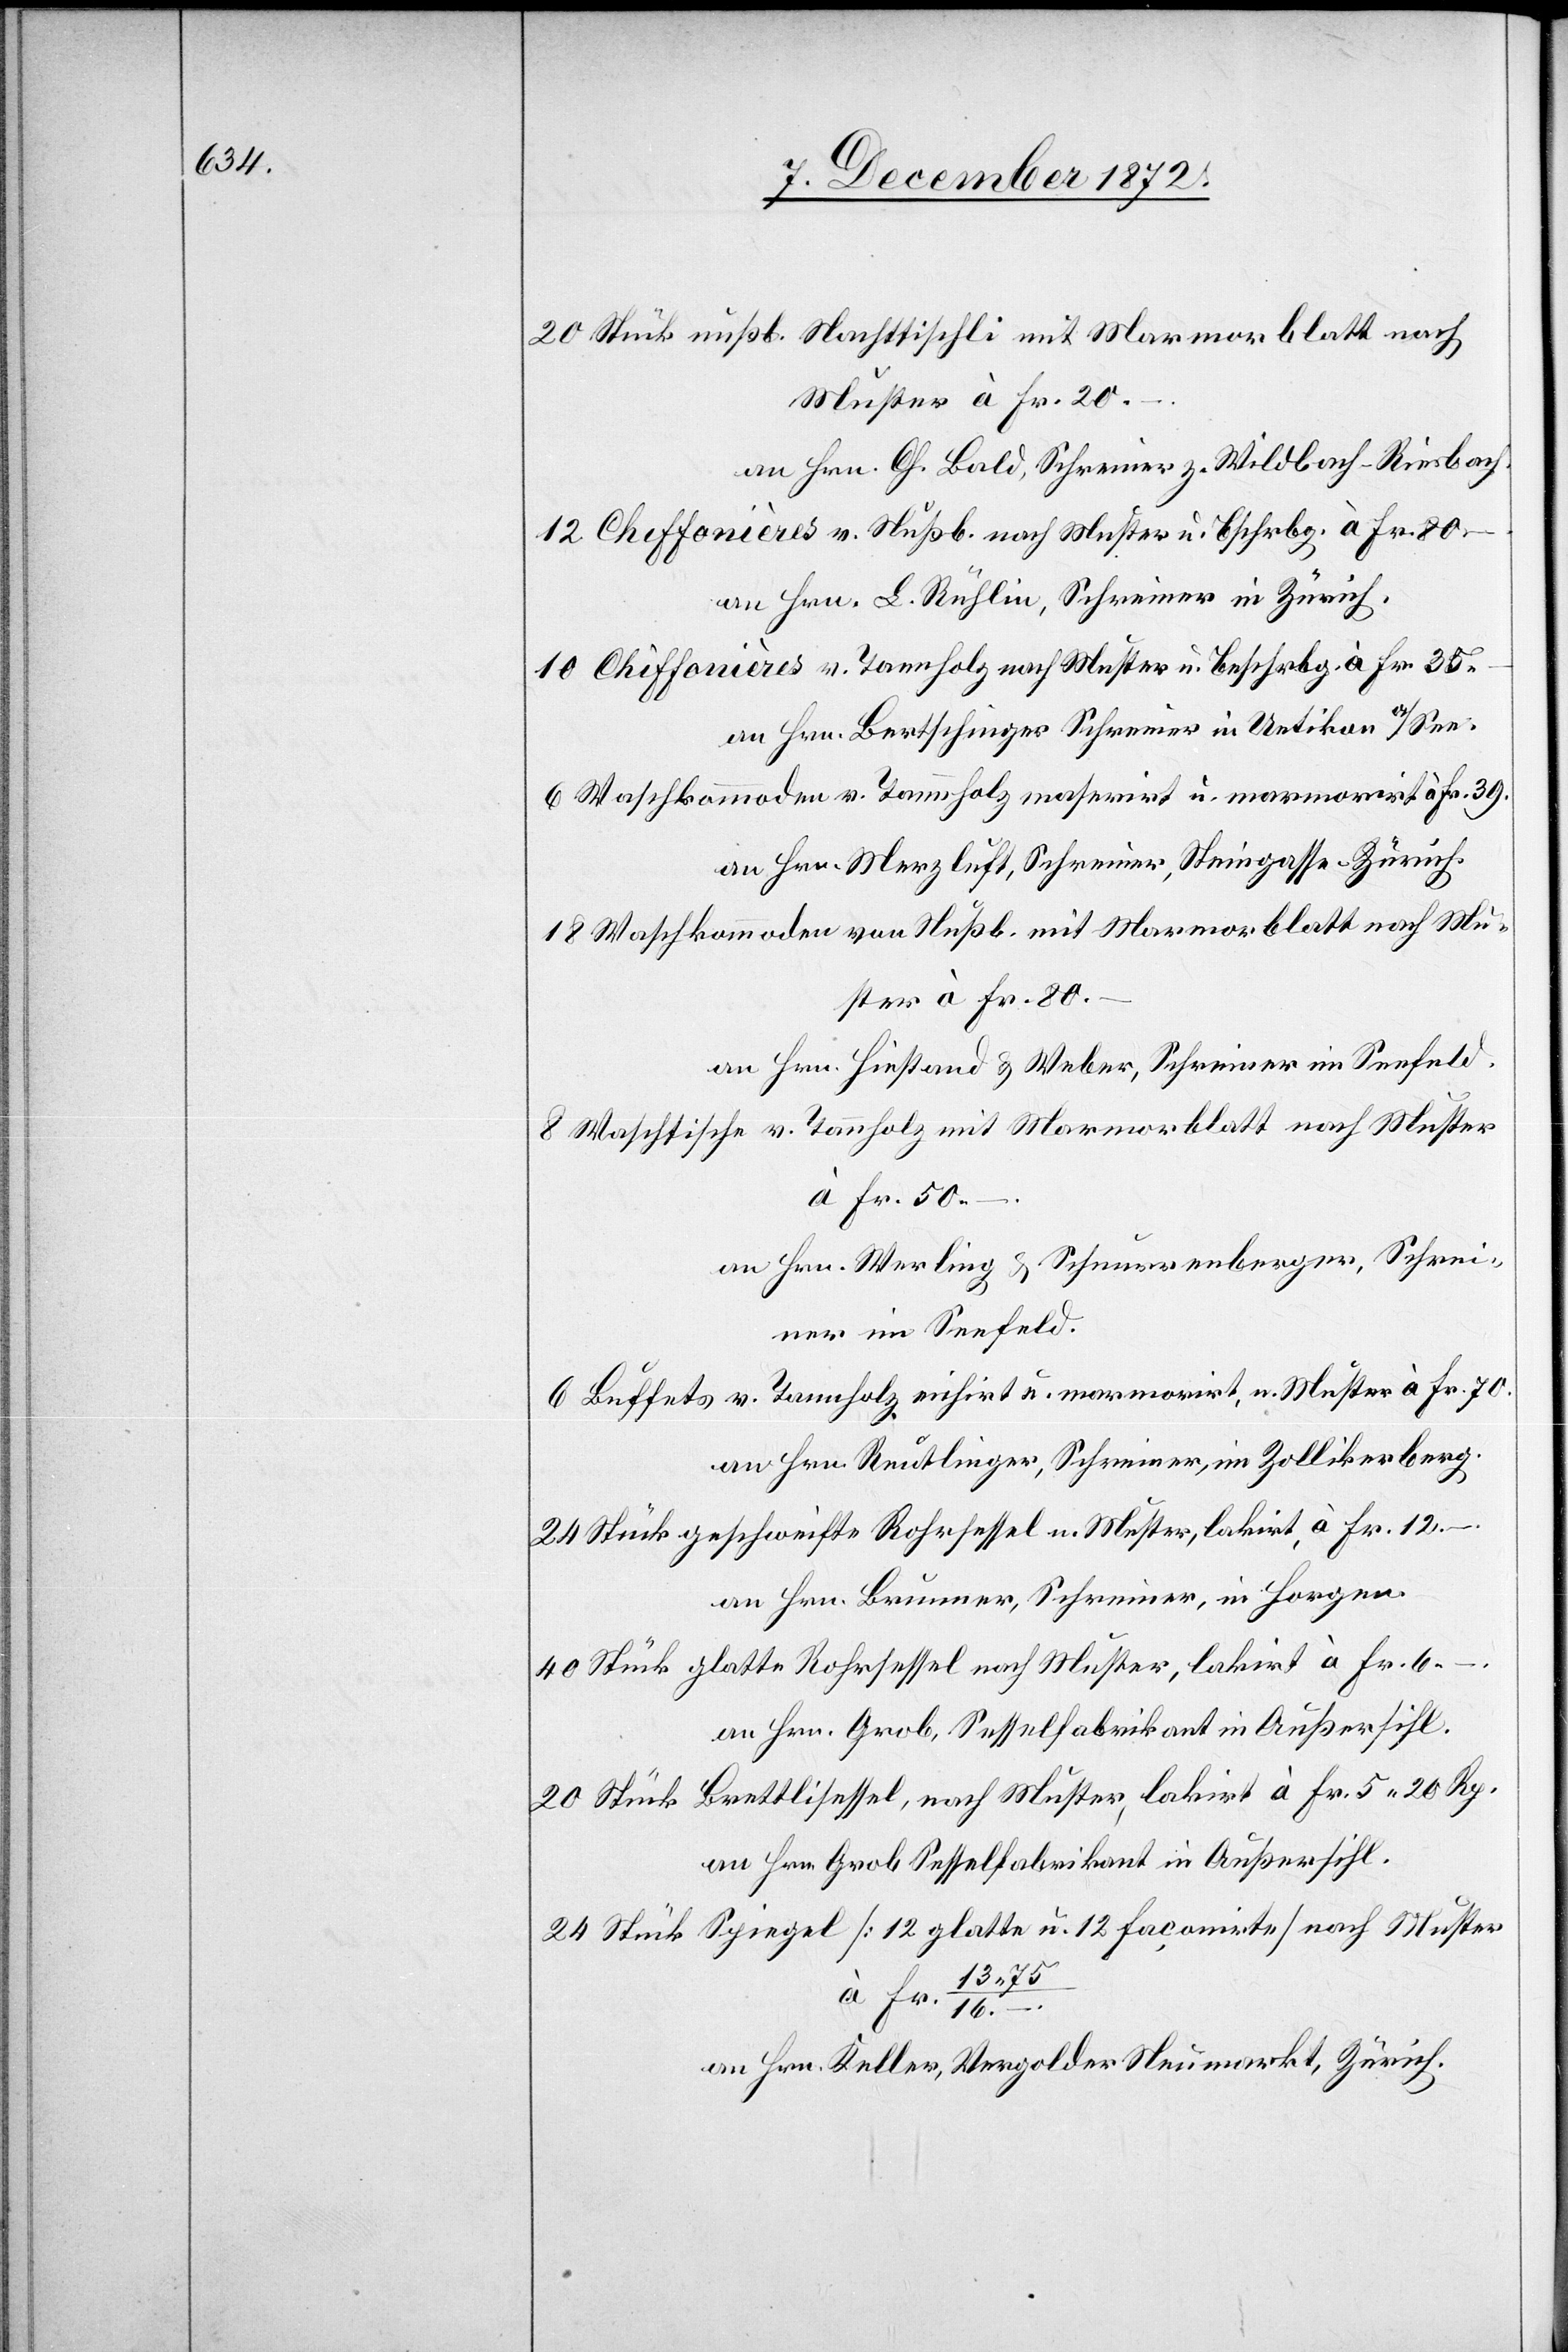
an Hrn. Ch. Bald, Schreiner z. Wildbach-Riesbach.
Chiffonières v. Nußb. nach Muster u. Bschrbg. à
an Hrn. L. Rühlin, Schreiner in Zürich.
Chiffonières v. Tannholz nach Muster u. Beschrbg. à
an Hrn. Bertschinger Schreiner in Uetikon a/See.
Waschkommoden v. Tannholz maserirt u. marmorirt à
an Hrn. Merzluft, Schreiner, Steingasse-Zürich.
Waschkommoden von Nußb. mit Marmorblatt nach Mu¬
an Hrn. Hiestand u. Weber, Schreiner im Seefeld.
Waschtische v. Tannholz mit Marmorblatt nach Muster
Fr. 50
nach
an Hrn. Werling u. Schnurrenberger, Schrei¬
ner im Seefeld.
Buffets v. Tannholz eichirt u. marmorirt, u. Muster à
an Hrn. Reutlinger, Schreiner, im Zollikerberg.
an Hrn. Brunner, Schreiner, in Horgen.
Fr.
an Hrn. Grob, Sesselfabrikant in Außersihl.
an Hrn. Grob Sesselfabrikant in Außersihl.
13
an Hrn. Keller, Vergolder Neumarkt, Zürich.